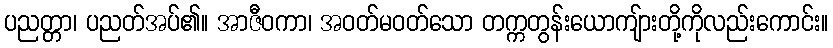
ပညတ္တာ၊ ပညတ်အပ်၏။ အာဇီဝကာ၊ အဝတ်မဝတ်သော တက္ကတွန်းယောကျ်ားတို့ကိုလည်းကောင်း။